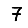
Digit: 7